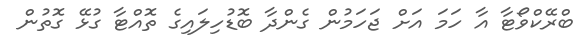
ބްރޭކްވޯޓާ އާ ހަމަ އަށް ޖަހަމުން ގެންދާ ބޮޑުހިލައިގެ ތޮއްޓާ ގުޅޭ ގޮތުން